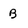
Character: B